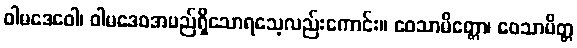
ဝါမဒေဝေါ၊ ဝါမဒေဝအမည်ရှိသောရသေ့လည်းကောင်း။ ဝေသာမိတ္တော၊ ဝေသာမိတ္တ